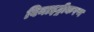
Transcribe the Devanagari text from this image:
विनाइट्रीकरण